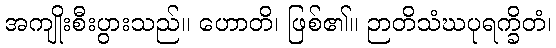
အကျိုးစီးပွားသည်။ ဟောတိ၊ ဖြစ်၏။ ဉာတိသံဃပုရက္ခိတံ၊